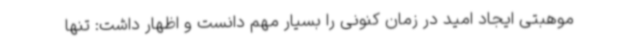
موهبتی ایجاد امید در زمان کنونی را بسیار مهم دانست و اظهار داشت: تنها